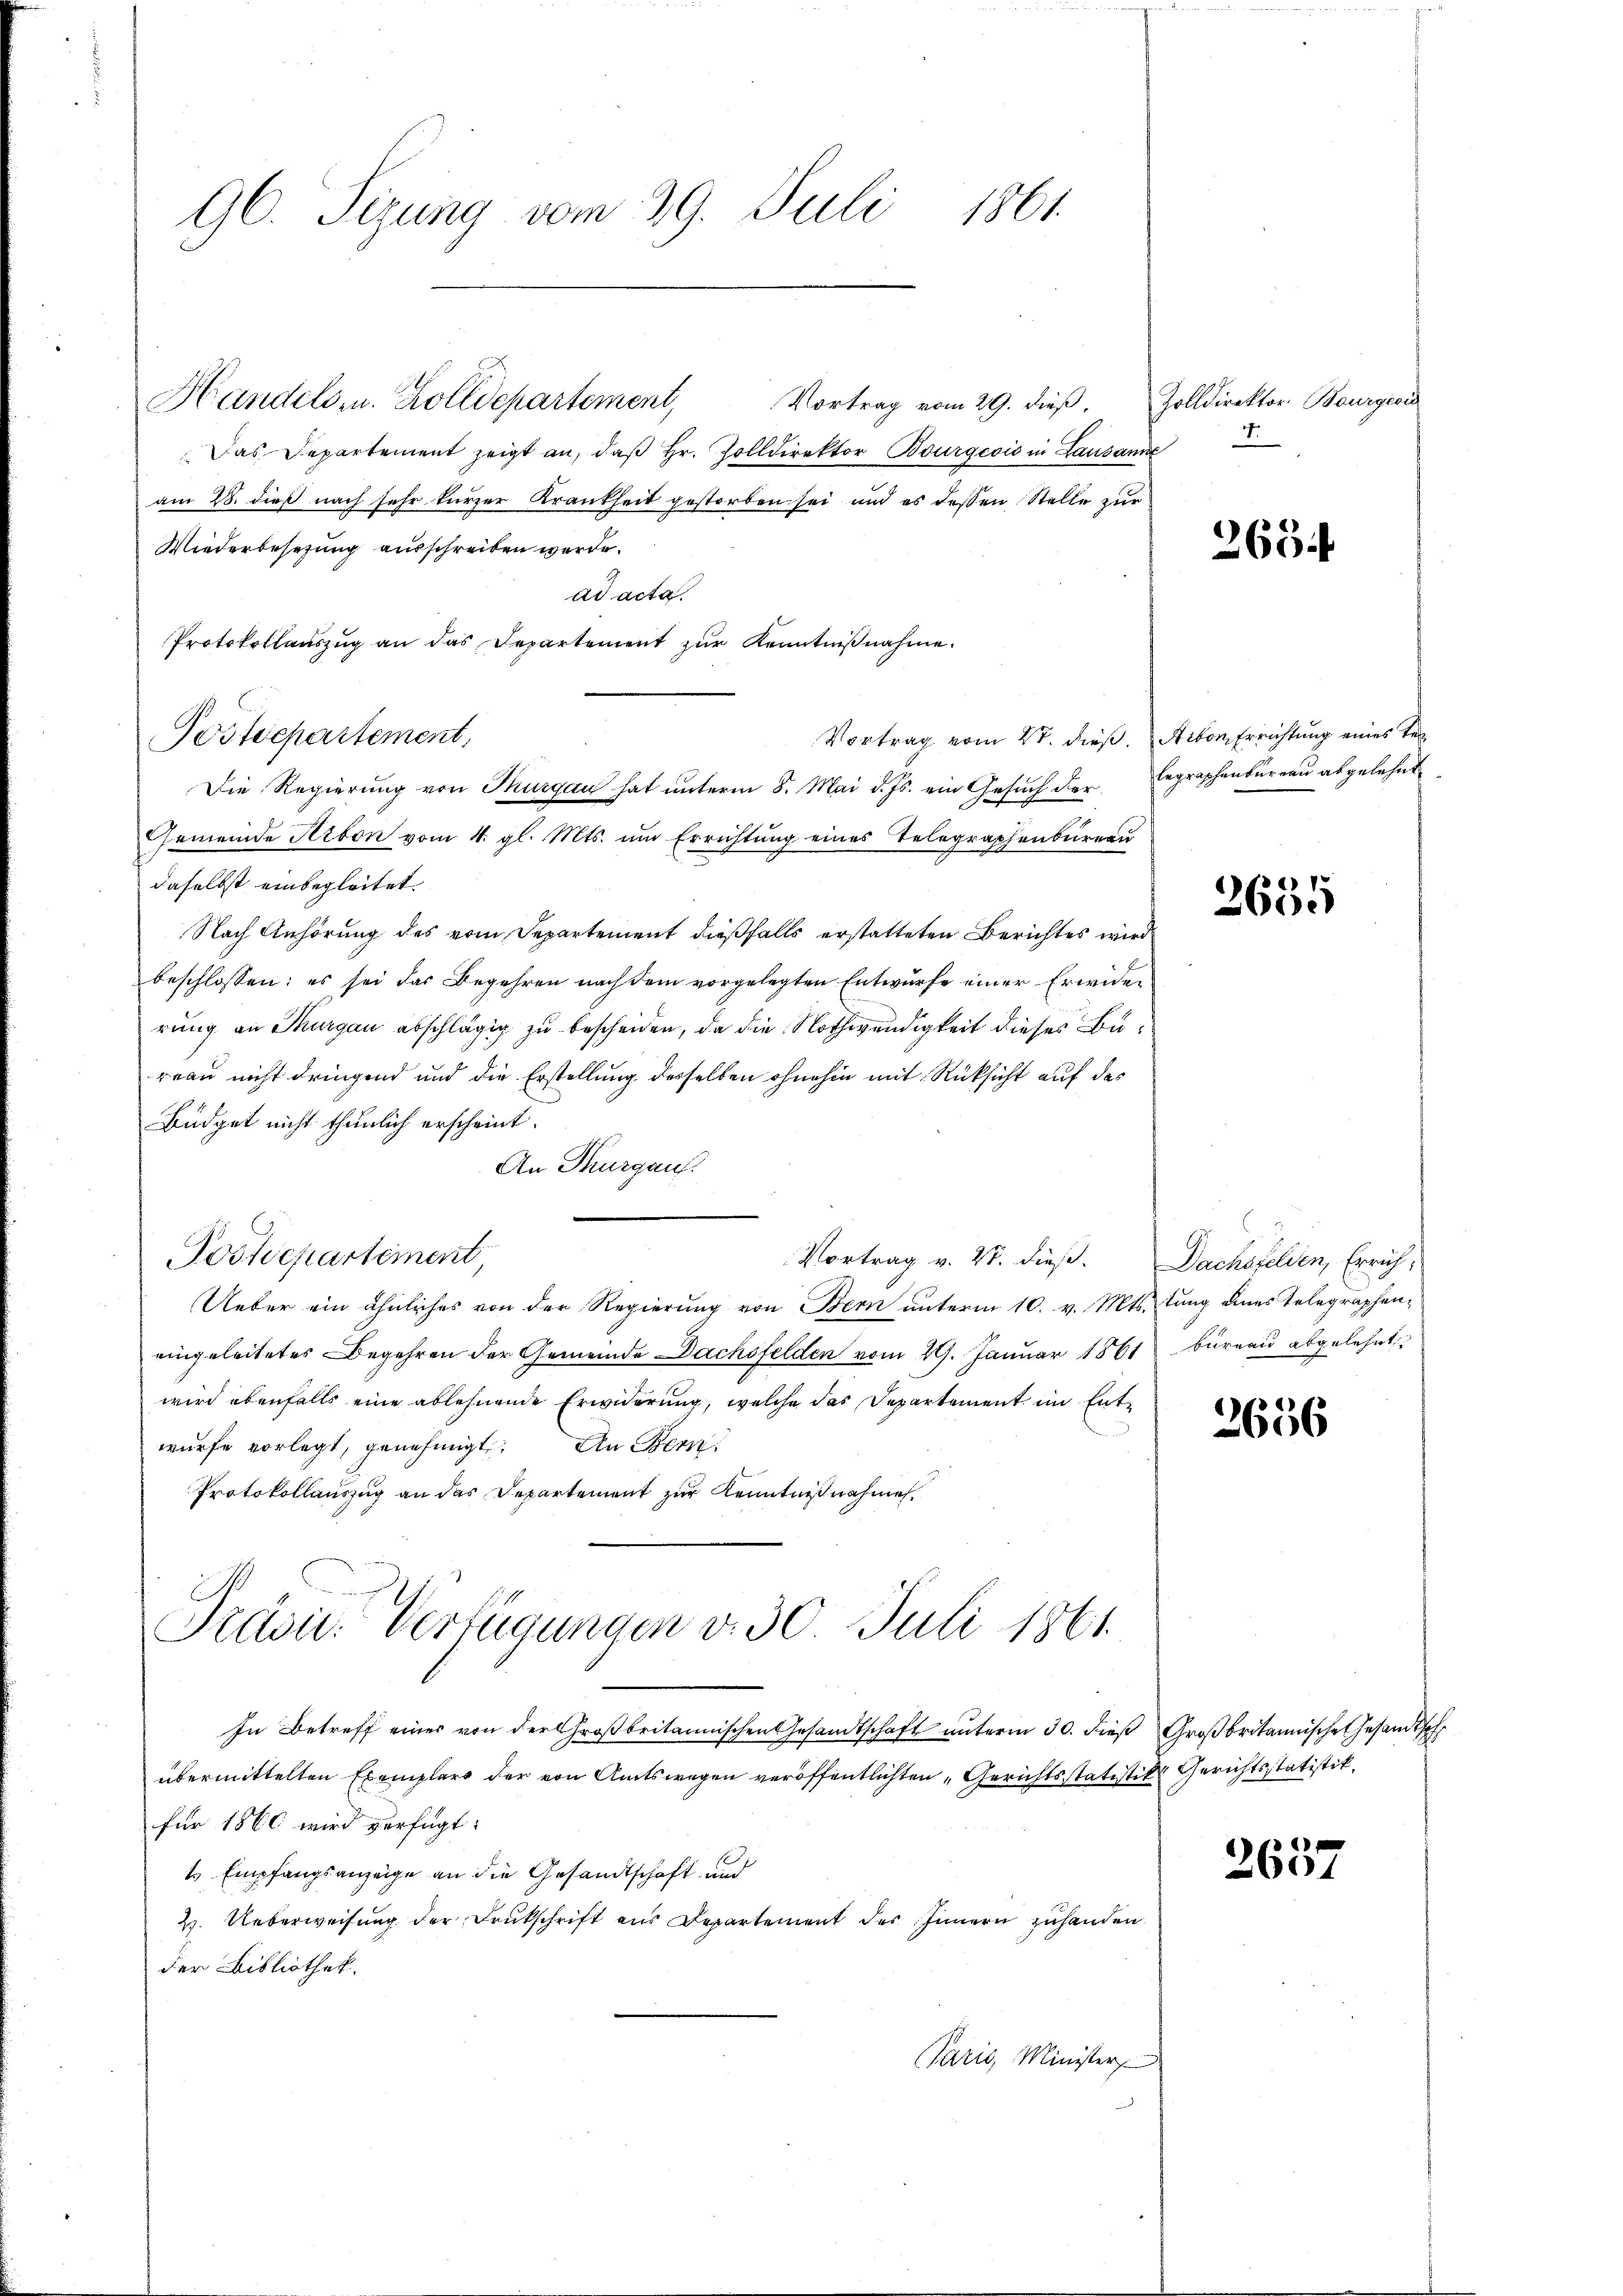
96. Sezung vom 29. Juli 1861.

Das Departement zeigt an, daß Hr. Zolldirektor Bourgeois in Lausanne
am 28. dieß nach sehr kurzer Krankheit gestorben sei und es dessen Stelle zur
Wiederbesetzung ausschreiben werde.
ad acta.
Vortrag vom 27. dieß. Arbon Errichtung eines Terdaselbst einbegleitet.
Nach Anhörung des vom Departement dießfalls erstatteten Berichtes wird
beschlossen: es sei das Begehren nach dem vorgelegten Entwurfe einer Erwider
rung an Thurgau abschlägig zu beschenden, da die Nothwendigkeit dieses Büreau nicht dringend und die Erstellung desselben ohnehin mit Rücksicht auf das
Büdget nicht thunlich erscheint.
An Thurgaus.
Postdepartement,
Vortrag v. 4. dieß. Dachsfelden, Errich-
Ueber ein ähnliches von der Regierung von Bern unterm 10. v. Mts. tung eines Telegraphen-
eingeleitetes Begehren der Gemeinde Dachsfelden vom 29. Januar 1861 bureau abgelehnt
wird ebenfalls eine ablehnende Erwiderung, welche das Departement im Entwürfe vorlegt, genehmigt. An Bern
Protokollauszug an das Departement zur Kenntnißnahmen.
Pravić-Verfügungen v. 30. Juli 1861.
In Betreff einer von der Großbritannischen Gesandtschaft unterm 30. dieß
übermittelten Exemplars der von Amtswegen veröffentlichten „Gerichtsstatistik Gerichtsstatistik.
für 1860 wird verfügt:
1 Empfangsanzeige an die Gesandtschaft und
2. Ueberweisung der Drukschrift aus Departement des Innern zuhanden.
der Bibliothek.
Paris, Minister

Protokollauszug an das Departement zur Kenntnißnahme.
Postdepartement
Die Regierung von Thurgau hat unterm 8. Mai d. Js. ein Gesuch der
Gemeinde Arbon vom 4. gl. Mts. um Errichtung eines Telegraphenbureau

Handels u. Zolldepartement, Vortrag vom 29. dieß,

Zolldirektor Bourgeri
4

265.

legraphenbureau abgelehnt

2635

2656

Großbritannische Gesandtsch

2601